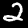
Digit: 2